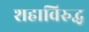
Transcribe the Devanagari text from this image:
शहाविरुद्ध